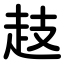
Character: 䞚